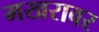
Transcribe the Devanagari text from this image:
मखरावर